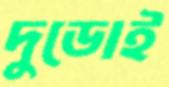
দুডোই